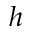
h